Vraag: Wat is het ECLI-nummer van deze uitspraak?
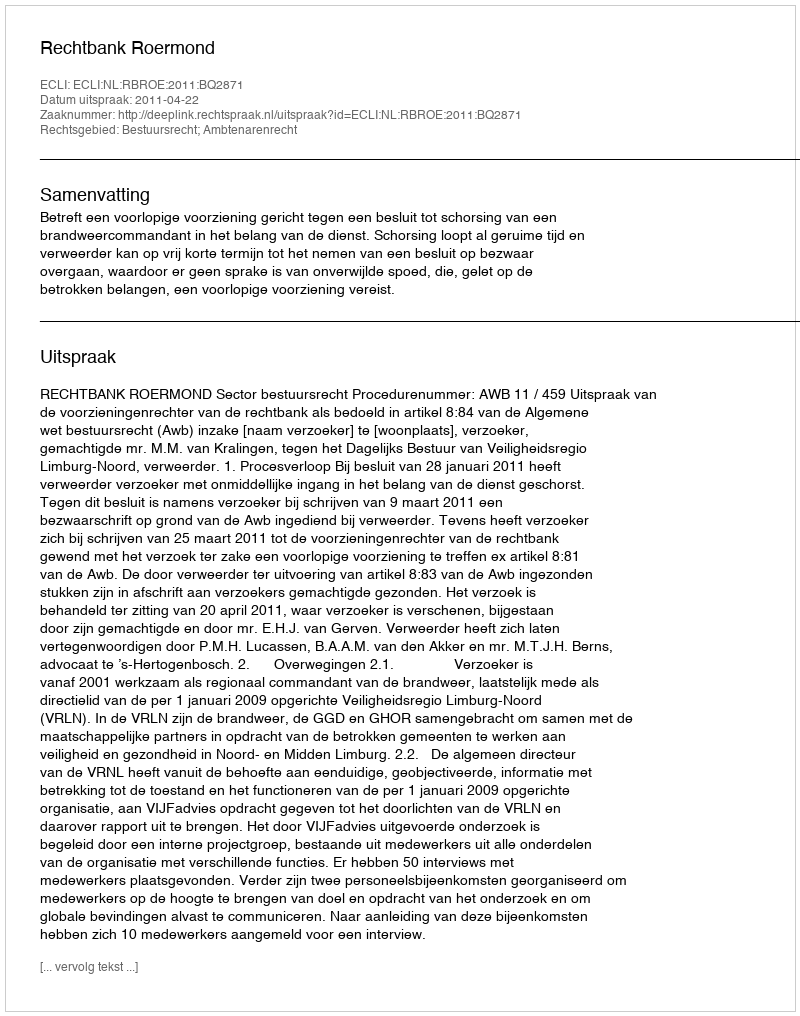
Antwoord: ECLI:NL:RBROE:2011:BQ2871